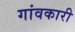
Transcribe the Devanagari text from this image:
गांवकारी